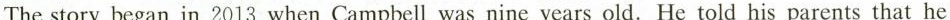
The story began in 2013 when Campbell was nine years old. He told his parents that he